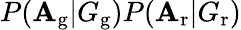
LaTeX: P(\mathbf{A}_{\mathrm{{g}}}|G_{\mathrm{{g}}})P(\mathbf{A}_{\mathrm{{r}}}|G_{\mathrm{{r}}})